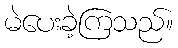
မဲပေးခဲ့ကြသည်။